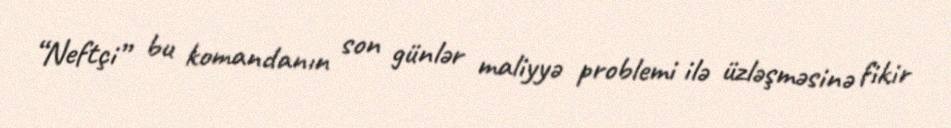
“Neftçi” bu komandanın son günlər maliyyə problemi ilə üzləşməsinə fikir